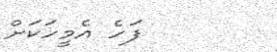
ފަހެ އެމީހަކަށް